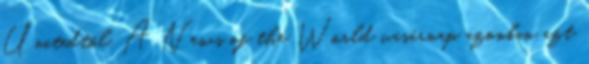
Unitedtől. A News of the World vasárnap azonban azt